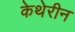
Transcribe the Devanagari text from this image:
केथेरीन